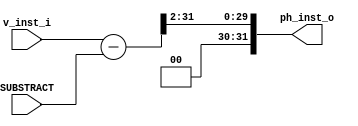
module Instruction_Decoder
#
(	
	parameter DATA_WIDTH = 32
)(
	input [31:0] SUBSTRACT,
	input  		[DATA_WIDTH-1:0] v_inst_i, 
	output reg 	[DATA_WIDTH-1:0] ph_inst_o
);
	reg [31:0]sub;
	
	always @(v_inst_i) begin
		sub = v_inst_i - SUBSTRACT;
		ph_inst_o = sub >> 2;
	end
endmodule